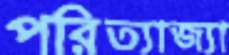
পরিত্যাজ্যা